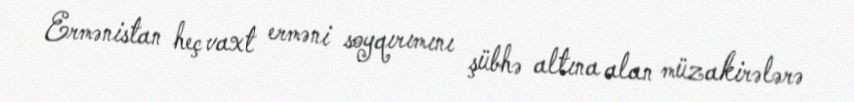
Ermənistan heç vaxt erməni soyqırımını şübhə altına alan müzakirələrə